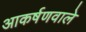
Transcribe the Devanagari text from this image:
आकर्षणवाले